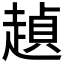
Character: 𰷺